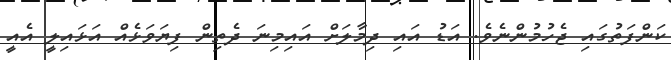
ކަންފަތުގައި ޖެހުމުންނެވެ. އަޑު އައި ދިމާލަށް އައިމިނަ ދެތިން ފިޔަވަޅެއް އަޅައިލީ އެއީ